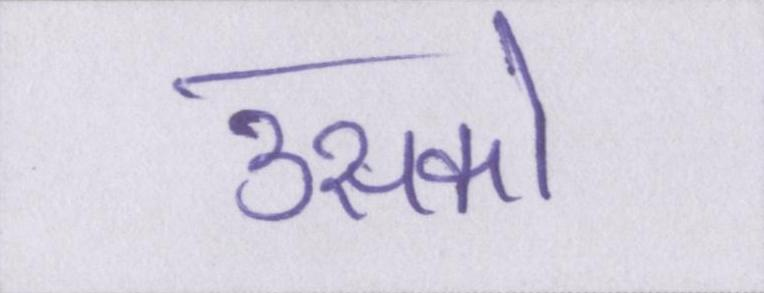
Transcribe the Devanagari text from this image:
उसको